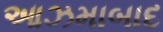
આઝમાબાદ